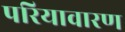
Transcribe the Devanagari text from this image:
परियावारण